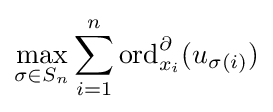
\max _{\sigma \in S_{n}}\sum _{i=1}^{n}\operatorname {ord} _{x_{i}}^{\partial }(u_{\sigma (i)})